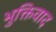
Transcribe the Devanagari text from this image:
भुक्तिवाद